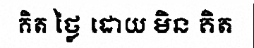
គិត ថ្លៃ ដោយ មិន គិត